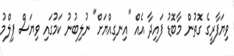
ވިޔަފާރީގެ ގޮތުން މާބޮޑު ފައިދާ އެއް "އިނގިއްޔަށް" ނުލިބުނު ކަމުގައި ވިޔަސް ފިލްމު